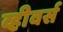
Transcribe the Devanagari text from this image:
व्हीवर्स